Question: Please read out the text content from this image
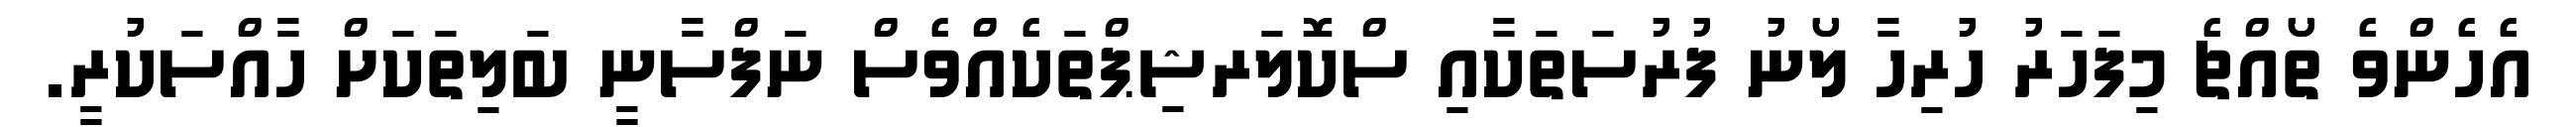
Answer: އެހެންވެ ތޯއްޗެ މިފަހަރު ހުރިހާ ލޯނު ފުރުސަތަކާއި ސްކޮލަރޝިޕްތަކެއްވެސް ނަފްސާނީ ބަލިތަކަށް ހާއްސަކުރީ.